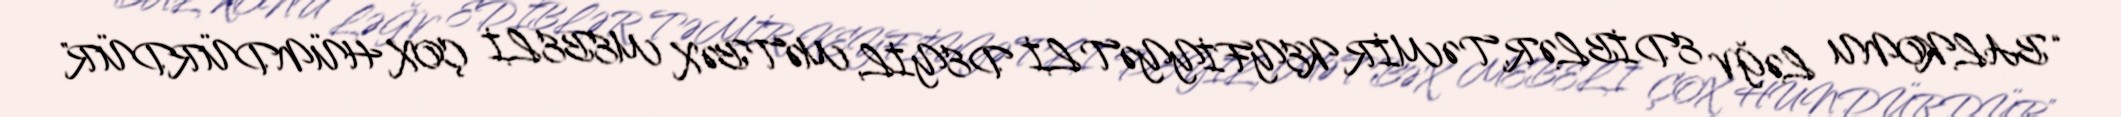
“BALKONU LƏĞV EDİBLƏR, TƏMİR KEYFİYYƏTLİ DEYİL, MƏTBƏX MEBELİ ÇOX HÜNDÜRDÜR”